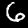
Label: 6